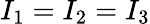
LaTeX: I_{1}=I_{2}=I_{3}